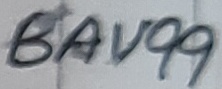
Text: BAV99